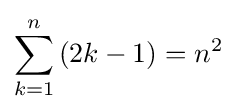
\sum _{k=1}^{n}\mathbf {(} 2k-1)=n^{2}